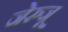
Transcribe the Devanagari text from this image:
जेरुजू